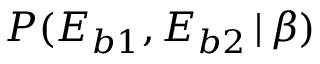
P ( E _ { b 1 } , E _ { b 2 } \, | \, \beta )